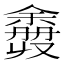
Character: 𫣮